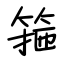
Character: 箍